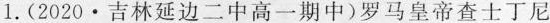
1.(2020·吉林延边二中高一期中)罗马皇帝查士丁尼